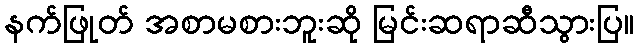
နက်ဖြုတ် အစာမစားဘူးဆို မြင်းဆရာဆီသွားပြ။